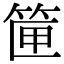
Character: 筪